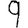
Digit: 9